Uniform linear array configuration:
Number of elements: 32
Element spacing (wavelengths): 0.5
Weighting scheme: blackman
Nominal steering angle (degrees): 45
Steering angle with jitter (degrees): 44.741
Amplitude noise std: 0.05
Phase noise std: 0.05

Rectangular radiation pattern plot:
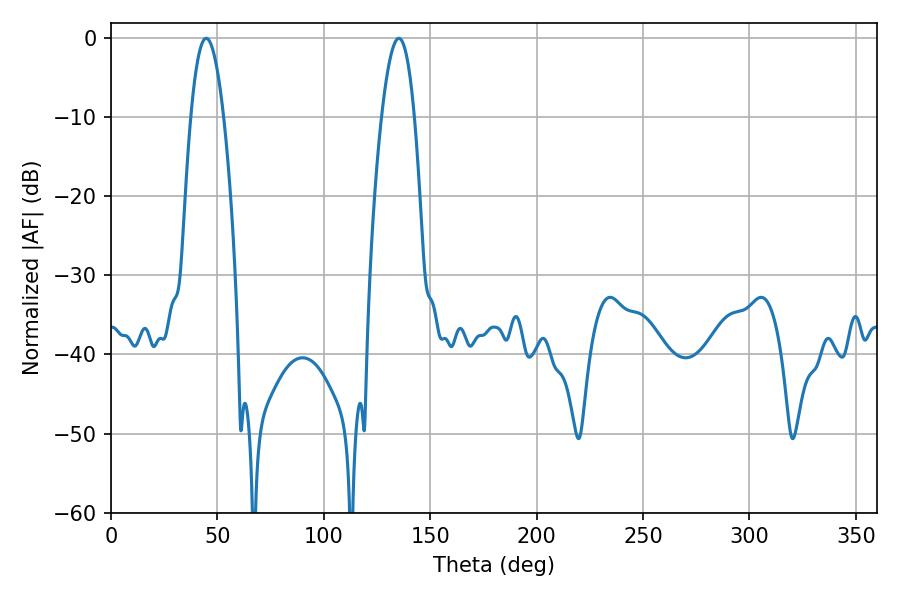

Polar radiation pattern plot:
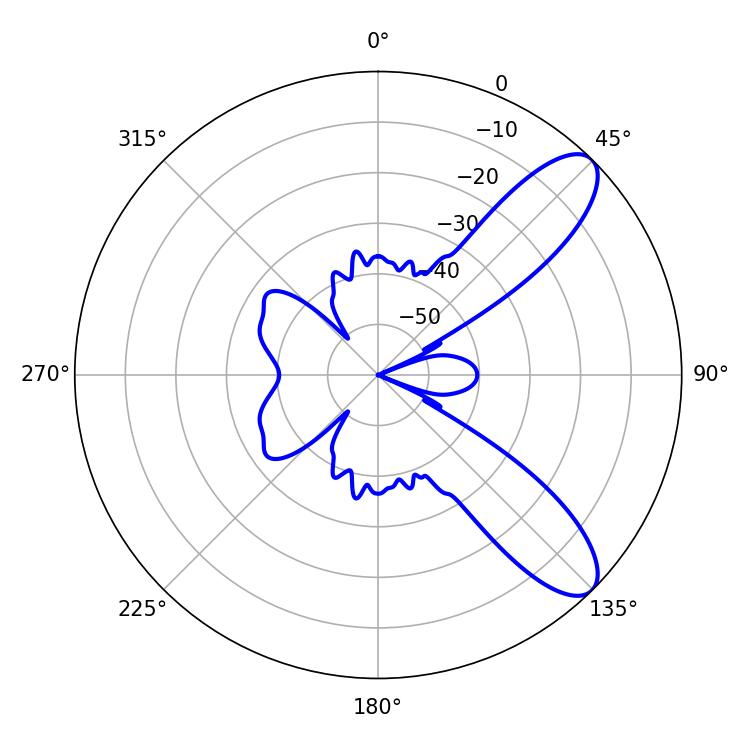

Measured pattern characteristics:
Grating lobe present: FALSE
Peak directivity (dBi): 9.504
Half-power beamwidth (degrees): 8.46
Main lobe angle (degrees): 44.82